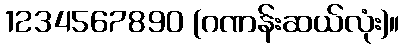
1234567890 (ဂဏန်းဆယ်လုံး)။